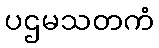
ပဌမသတကံ